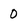
Character: 0